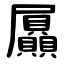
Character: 屭